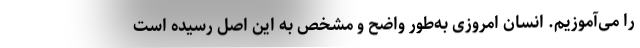
را می‌آموزیم. انسان امروزی به‌طور واضح و مشخص به این اصل رسیده است